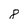
Character: 8